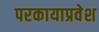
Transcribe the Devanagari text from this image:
परकायाप्रवेश